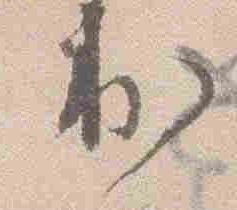
出